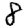
Digit: 8